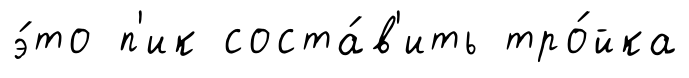
э́то п'ик соста́в'ить тро́йка